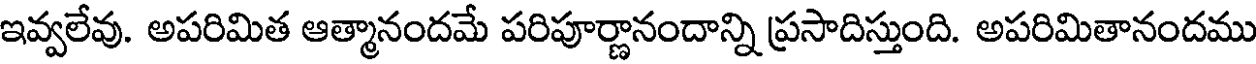
ఇవ్వలేవు. అపరిమిత ఆత్మానందమే పరిపూర్ణానందాన్ని ప్రసాదిస్తుంది. అపరిమితానందము